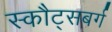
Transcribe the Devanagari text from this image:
स्कौट्सबर्ग